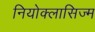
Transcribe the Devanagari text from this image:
नियोक्लासिज्म